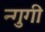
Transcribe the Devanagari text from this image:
न्गुगी